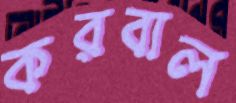
করবাল